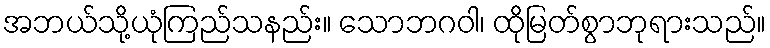
အဘယ်သို့ယုံကြည်သနည်း။ သောဘဂဝါ၊ ထိုမြတ်စွာဘုရားသည်။